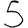
Digit: 5